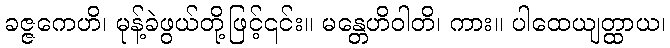
ခဇ္ဇကေဟိ၊ မုန့်ခဲဖွယ်တို့ဖြင့်၎င်း။ မန္တေဟိဝါတိ၊ ကား။ ပါထေယျတ္ထာယ၊